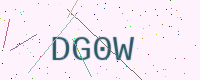
Text: DG0W